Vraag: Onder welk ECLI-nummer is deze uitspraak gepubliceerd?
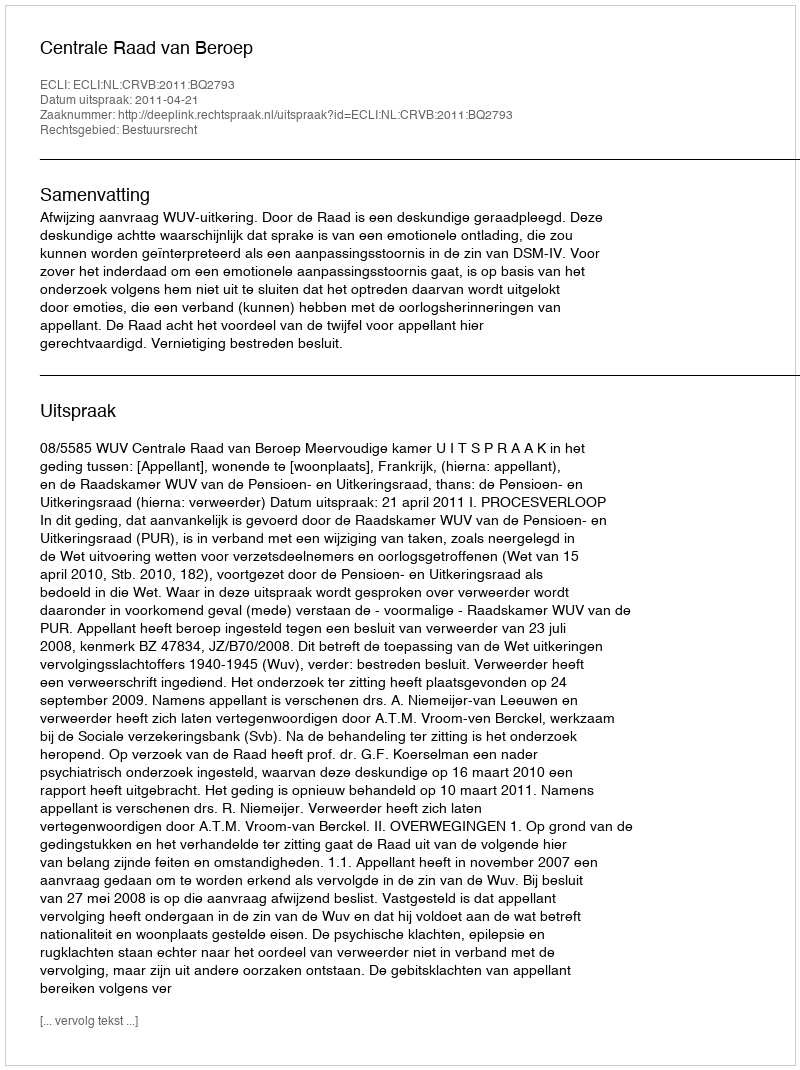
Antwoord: ECLI:NL:CRVB:2011:BQ2793